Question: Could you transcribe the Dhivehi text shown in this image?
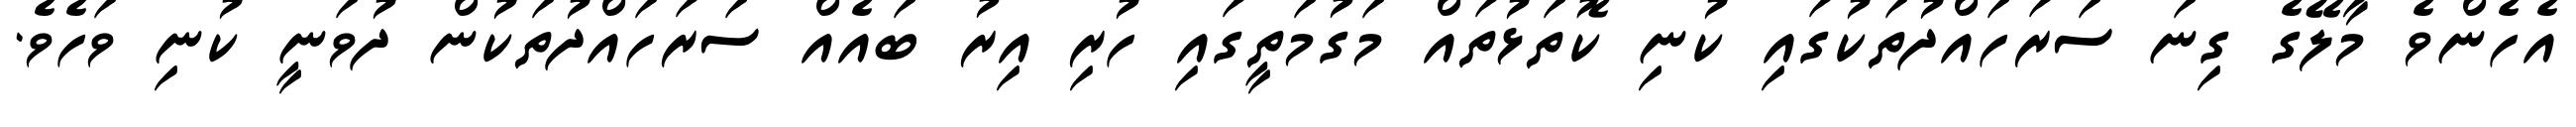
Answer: އެހެންވެ މާލޭގެ ގިނަ ސަރަހައްދުތަކުގައި ކުނި ކޮތަޅުތައް މަގުމަތީގައި ހުރި އިރު ބައެއް ސަރަހައްދުތަކުން ދުވަނީ ކުނި ވަހެވެ.